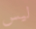
ليس